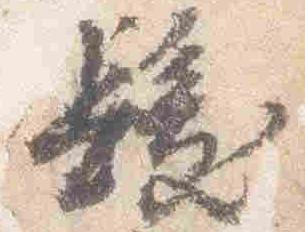
髪